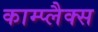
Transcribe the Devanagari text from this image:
काम्प्लैक्स